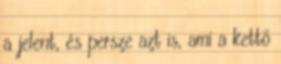
a jelent, és persze azt is, ami a kettő